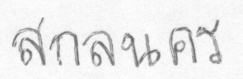
สกลนคร